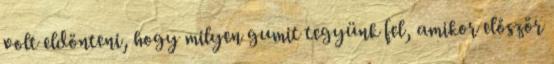
volt eldönteni, hogy milyen gumit tegyünk fel, amikor először